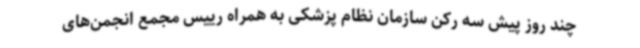
چند روز پیش سه رکن سازمان نظام پزشکی به همراه رییس مجمع انجمن‌های